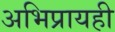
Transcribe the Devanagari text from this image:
अभिप्रायही